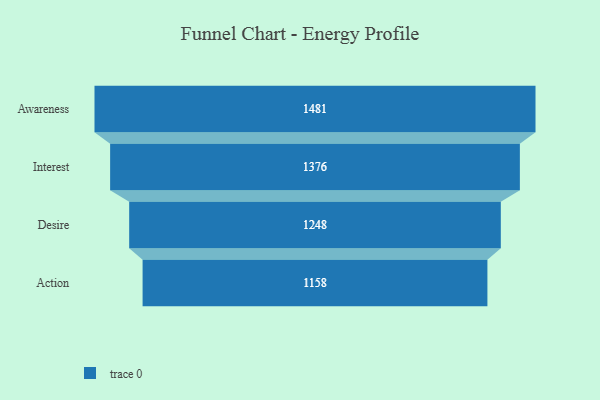
{"axis": {"x": "Stage", "y": "Value"}, "legend": [""], "data": [{"x": "Awareness", "y": 1481.0, "type": ""}, {"x": "Interest", "y": 1376.0, "type": ""}, {"x": "Desire", "y": 1248.0, "type": ""}, {"x": "Action", "y": 1158.0, "type": ""}]}